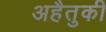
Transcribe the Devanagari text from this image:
अहैतुकी